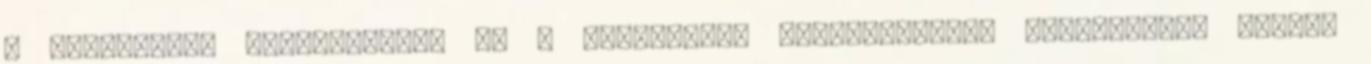
a társadalmi gyakorlatot, és a cigányként meghatározott „halmazban” próbál